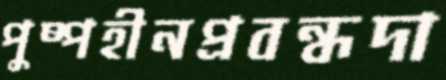
পুষ্পহীনপ্রবন্ধদা